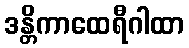
ဒန္တိကာထေရီဂါထာ